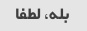
بله، لطفا